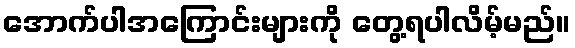
အောက်ပါအကြောင်းများကို တွေ့ရပါလိမ့်မည်။